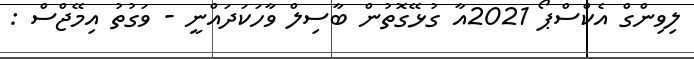
ލިވިންގް އެކްސްޕޯ 2021އާ ގުޅޭގޮތުން ބާސިލް ވާހަކަދައްްނީ - ވަގުތު އިމޭޖްސް :